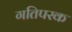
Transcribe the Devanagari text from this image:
गतिपरक